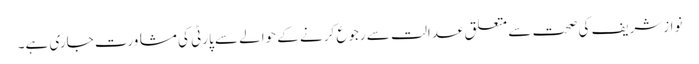
نوازشریف کی صحت سے متعلق عدالت سے رجوع کرنے کے حوالے سے پارٹی کی مشاورت جاری ہے۔